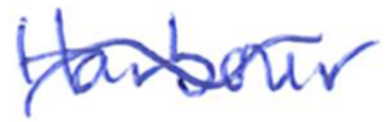
Text: Harbor
Cross-out: mix
Writing tool: ballpoint